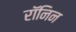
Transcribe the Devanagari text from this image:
रॉनिन